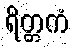
ရိတ္တကံ